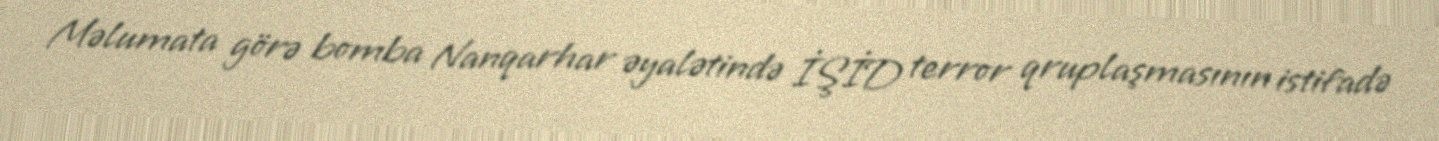
Məlumata görə bomba Nanqarhar əyalətində İŞİD terror qruplaşmasının istifadə